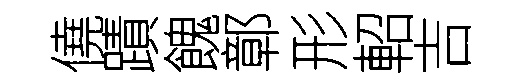
僥蹟餽鄣形軺吉